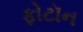
ફોટૉન